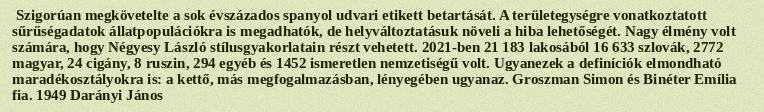
Szigorúan megkövetelte a sok évszázados spanyol udvari etikett betartását. A területegységre vonatkoztatott sűrűségadatok állatpopulációkra is megadhatók, de helyváltoztatásuk növeli a hiba lehetőségét. Nagy élmény volt számára, hogy Négyesy László stílusgyakorlatain részt vehetett. 2021-ben 21 183 lakosából 16 633 szlovák, 2772 magyar, 24 cigány, 8 ruszin, 294 egyéb és 1452 ismeretlen nemzetiségű volt. Ugyanezek a definíciók elmondható maradékosztályokra is: a kettő, más megfogalmazásban, lényegében ugyanaz. Groszman Simon és Binéter Emília fia. 1949 Darányi János